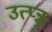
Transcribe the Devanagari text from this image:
उत्प्‍न्न्